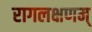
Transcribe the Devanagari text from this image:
रागलक्षणम्